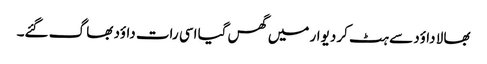
بھا لا داؤد سے ہٹ کر دیوار میں گھس گیا اسی رات داؤد بھا گ گئے۔